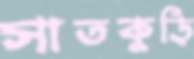
সাতকুড়ি